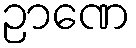
ဉာဏေ